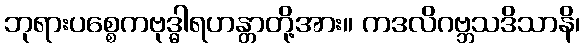
ဘုရားပစ္စေကဗုဒ္ဓါရဟန္တာတို့အား။ ကဒလိဂဗ္ဘသဒိသာနိ၊